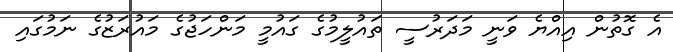
އެ ގޮތުން އިއްޔެ ވަނީ މަދަރުސީ ތައުލީމުގެ ގައުމީ މަންހަޖުގެ މައުރަޒުގެ ނަމުގައި